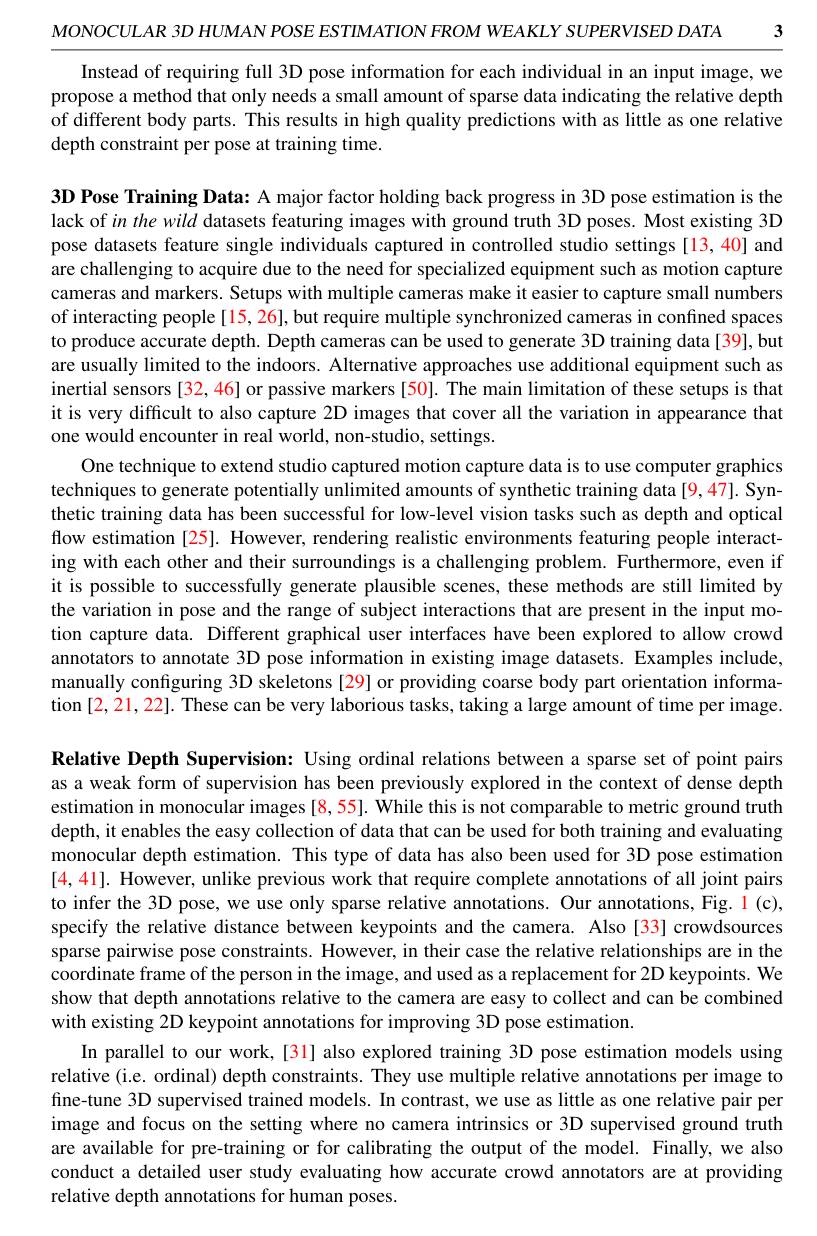
3

MONOCULAR 3D HUMAN POSE ESTIMATION FROM WEAKLY SUPERVISED DATA

Instead of requiring full 3D pose information for each individual in an input image, we propose a method that only needs a small amount of sparse data indicating the relative depth of different body parts. This results in high quality predictions with as little as one relative depth constraint per pose at training time.

3D Pose Training Data: A major factor holding back progress in 3D pose estimation is the lack of in the wild datasets featuring images with ground truth 3D poses. Most existing 3D pose datasets feature single individuals captured in controlled studio settings [13,40] and are challenging to acquire due to the need for specialized equipment such as motion capture cameras and markers. Setups with multiple cameras make it easier to capture small numbers of interacting people [15, 26], but require multiple synchronized cameras in confined spaces to produce accurate depth. Depth cameras can be used to generate 3D training data [39], but are usually limited to the indoors. Alternative approaches use additional equipment such as inertial sensors [32, 46] or passive markers [50]. The main limitation of these setups is that it is very difficult to also capture 2D images that cover all the variation in appearance that one would encounter in real world, non-studio, settings.
One technique to extend studio captured motion capture data is to use computer graphics techniques to generate potentially unlimited amounts of synthetic training data [9,47]. Synthetic training data has been successful for low-level vision tasks such as depth and optical flow estimation [25]. However, rendering realistic environments featuring people interacting with each other and their surroundings is a challenging problem. Furthermore, even if it is possible to successfully generate plausible scenes, these methods are still limited by the variation in pose and the range of subject interactions that are present in the input motion capture data. Different graphical user interfaces have been explored to allow crowd annotators to annotate 3D pose information in existing image datasets. Examples include, manually configuring 3D skeletons [29] or providing coarse body part orientation information [2, 21, 22]. These can be very laborious tasks, taking a large amount of time per image. Relative Depth Supervision: Using ordinal relations between a sparse set of point pairs as a weak form of supervision has been previously explored in the context of dense depth estimation in monocular images [8,55]. While this is not comparable to metric ground truth depth, it enables the easy collection of data that can be used for both training and evaluating monocular depth estimation. This type of data has also been used for 3D pose estimation [4,41]. However, unlike previous work that require complete annotations of all joint pairs to infer the 3D pose, we use only sparse relative annotations. Our annotations, Fig. l (c), specify the relative distance between keypoints and the camera. Also [33] crowdsources sparse pairwise pose constraints. However, in their case the relative relationships are in the coordinate frame of the person in the image, and used as a replacement for 2D keypoints. We show that depth annotations relative to the camera are easy to collect and can be combined with existing 2D keypoint annotations for improving 3D pose estimation.
In parallel to our work, [31] also explored training 3D pose estimation models using relative (i.e. ordinal) depth constraints. They use multiple relative annotations per image to fine-tune 3D supervised trained models. In contrast, we use as little as one relative pair per image and focus on the setting where no camera intrinsics or 3D supervised ground truth are available for pre-training or for calibrating the output of the model. Finally, we also conduct a detailed user study evaluating how accurate crowd annotators are at providing relative depth annotations for human poses.